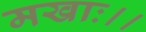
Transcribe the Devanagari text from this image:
मखाः।।